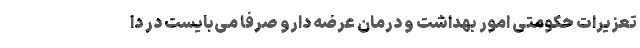
تعزیرات حکومتی امور بهداشت و درمان عرضه دارو صرفاً می‌بایست در دا